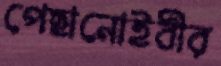
পেছানোইবীর